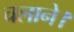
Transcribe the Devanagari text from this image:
चलाने।